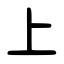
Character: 上